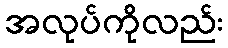
အလုပ်ကိုလည်း